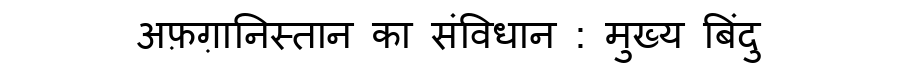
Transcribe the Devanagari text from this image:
अफ़ग़ानिस्तान का संविधान : मुख्य बिंदु